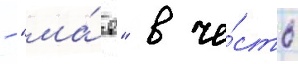
- "ма́я" в че́сть